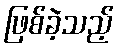
ဖြစ်ခဲ့သည့်